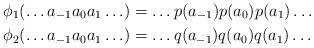
LaTeX: \begin{align*}\phi_1(\ldots a_{-1} a_0 a_1 \ldots ) &= \ldots p(a_{-1}) p(a_{0}) p(a_{1}) \ldots \\\phi_2(\ldots a_{-1} a_0 a_1 \ldots ) &= \ldots q(a_{-1}) q(a_{0}) q(a_{1}) \ldots \end{align*}